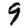
Digit: 9